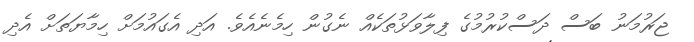
ޖަރުމަނު ބަސް ދަސްކުރުމުގެ ފިލާވަޅުތަކެއް ނެގުން ހިމެނެއެވެ. އަދި އެގައުމަށް ހިމާޔަތަށް އެދި